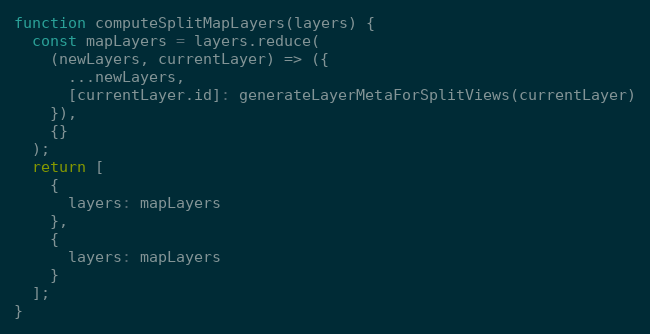
Language: JavaScript
function computeSplitMapLayers(layers) {
  const mapLayers = layers.reduce(
    (newLayers, currentLayer) => ({
      ...newLayers,
      [currentLayer.id]: generateLayerMetaForSplitViews(currentLayer)
    }),
    {}
  );
  return [
    {
      layers: mapLayers
    },
    {
      layers: mapLayers
    }
  ];
}